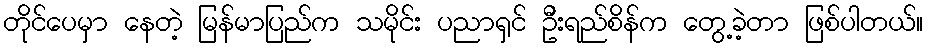
တိုင်ပေမှာ နေတဲ့ မြန်မာပြည်က သမိုင်း ပညာရှင် ဦးရည်စိန်က တွေ့ခဲ့တာ ဖြစ်ပါတယ်။